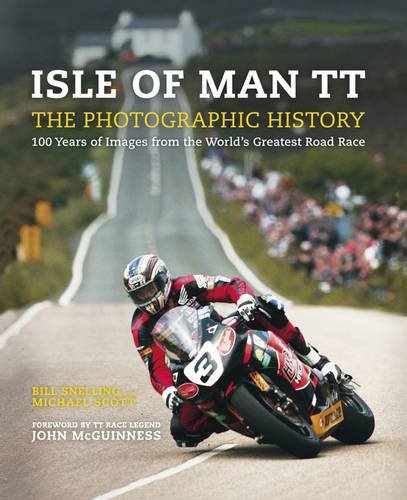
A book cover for Isle of Man TT: A Photographic History of the World's Greatest Motorcycle Race; Sports & Outdoors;